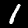
Digit: 1